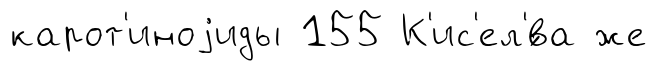
карот'иноjиды 155 К'ис'ел'́ва же